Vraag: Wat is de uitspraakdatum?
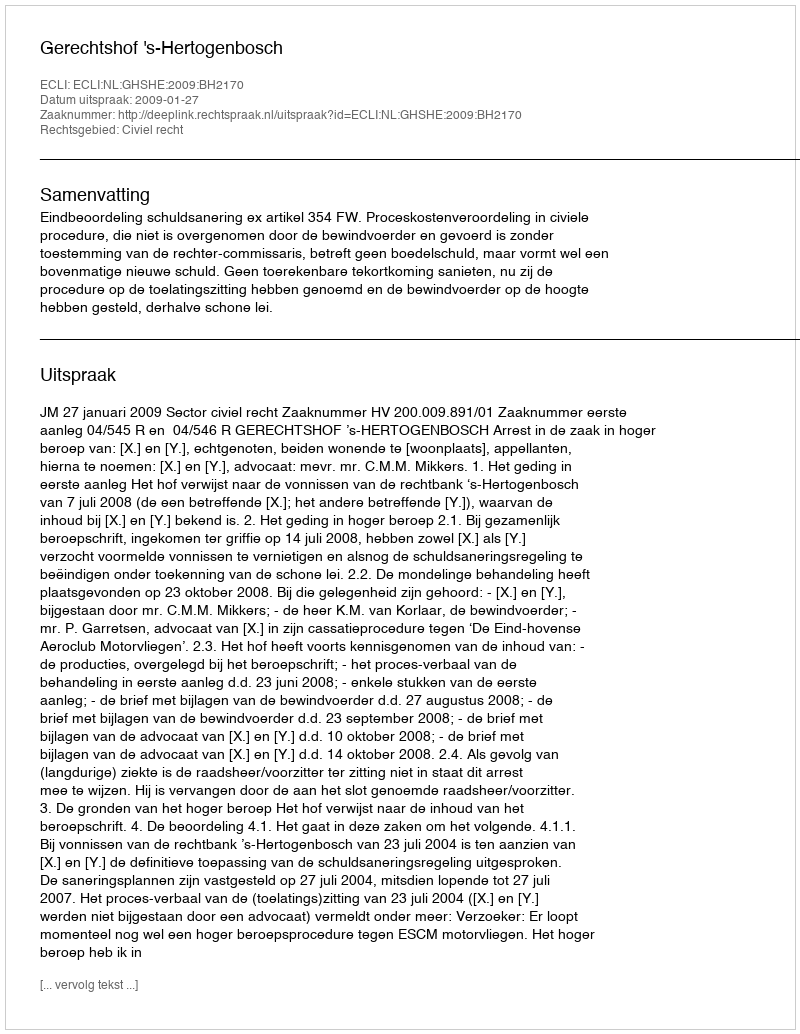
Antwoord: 2009-01-27